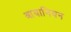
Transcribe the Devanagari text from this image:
आयानियन